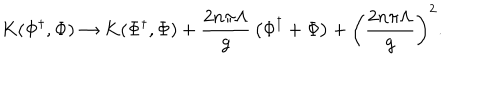
LaTeX: K ( \Phi ^ { \dagger } , \Phi ) \rightarrow K ( \Phi ^ { \dagger } , \Phi ) + { \frac { 2 n \pi \Lambda } { g } } \left( \Phi ^ { \dagger } + \Phi \right) + \left( { \frac { 2 n \pi \Lambda } { g } } \right) ^ { 2 } .